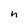
Character: n